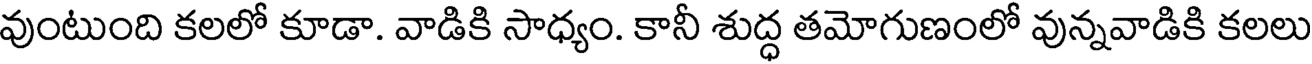
వుంటుంది కలలో కూడా. వాడికి సాధ్యం. కానీ శుద్ధ తమోగుణంలో వున్నవాడికి కలలు